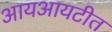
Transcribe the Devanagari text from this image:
आयआयटीत